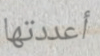
أعددتها